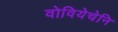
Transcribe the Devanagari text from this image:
वोवियेचेनि